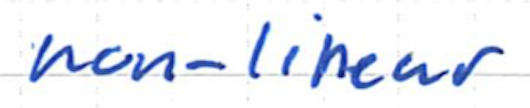
Text: non-linear
Cross-out: clean
Writing tool: ballpoint